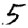
Digit: 5